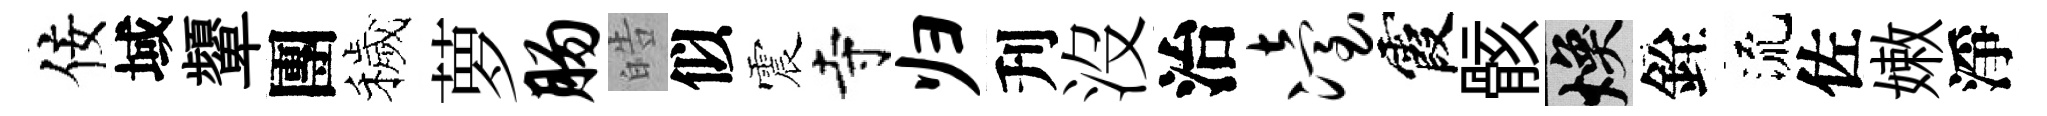
佞域顰團穢萝肠皓似震寺归刋沒治冶霞骸焕銓流佐嫩淨